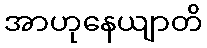
အာဟုနေယျာတိ